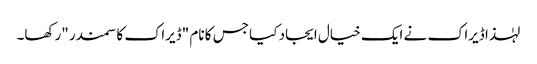
لہٰذا ڈیراک نے ایک خیال ایجاد کیا جس کا نام "ڈیراک کا سمندر "رکھا۔